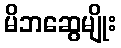
မိဘဆွေမျိုး